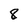
Character: 8